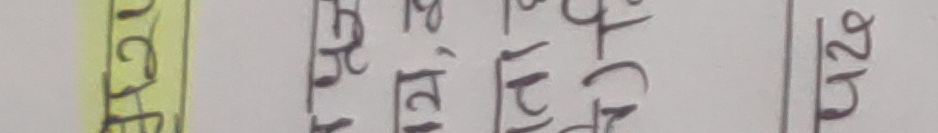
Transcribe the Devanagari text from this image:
तरकारी ५२६